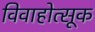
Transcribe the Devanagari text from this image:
विवाहोत्सूक